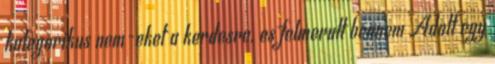
kategorikus nem-eket a kerdesre. es felmerult bennem Adott egy